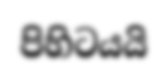
පිහිටයයි